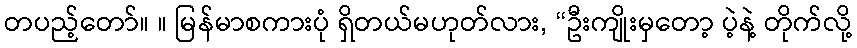
တပည့်တော်။ ။ မြန်မာစကားပုံ ရှိတယ်မဟုတ်လား, “ဦးကျိုးမှတော့ ပဲ့နဲ့ တိုက်လို့